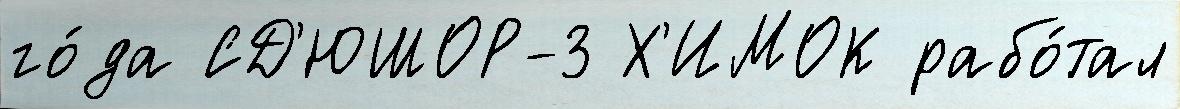
го́да СД'ЮШОР-3 Х'ИМОК рабо́тал